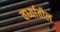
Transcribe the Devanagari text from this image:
वर्ध्यातील